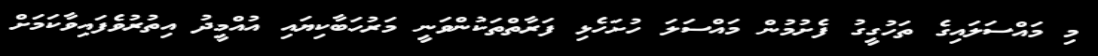
މި މައްސަލައިގެ ތަހުގީގު ފެށުމުން މައްސަލަ ހުށަހެޅި ފަރާތްތަކުންވަނީ މަރުހަބާކިޔައި އުއްމީދު އިތުރުވެފައިވާކަމަށް